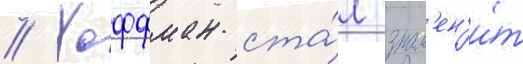
// Хоффман ста́л знам'ен'и́т